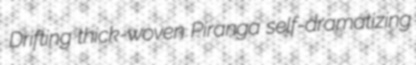
Drifting thick-woven Piranga self-dramatizing